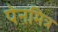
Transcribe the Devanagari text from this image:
पेनमित्र